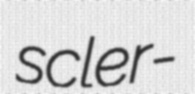
scler-